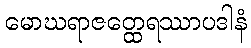
မောဃရာဇတ္ထေရဿာပဒါနံ